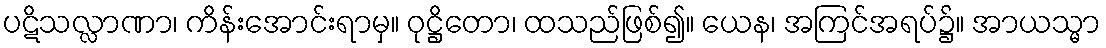
ပဋိသလ္လာဏာ၊ ကိန်းအောင်းရာမှ။ ဝုဋ္ဌိတော၊ ထသည်ဖြစ်၍။ ယေန၊ အကြင်အရပ်၌။ အာယသ္မာ